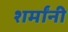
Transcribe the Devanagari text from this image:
शर्मांनी